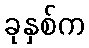
ခုနှစ်က